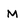
Character: M